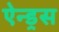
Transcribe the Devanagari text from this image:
ऐन्ड्रस